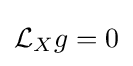
{\mathcal {L}}_{X}g=0